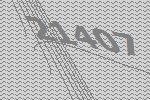
21407